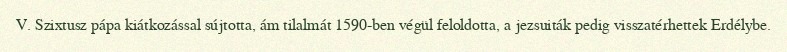
V. Szixtusz pápa kiátkozással sújtotta, ám tilalmát 1590-ben végül feloldotta, a jezsuiták pedig visszatérhettek Erdélybe.